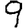
Digit: 9